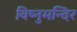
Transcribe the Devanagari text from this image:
विष्नुमन्दिर